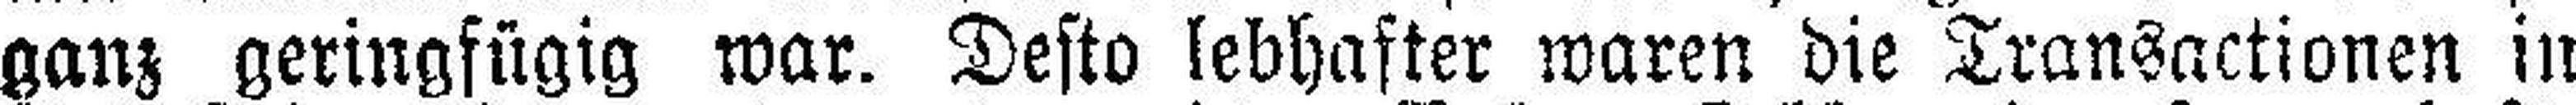
ganz geringfügig war. Desto lebhafter waren die Transactionen in